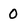
Character: 0